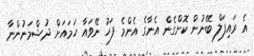
އެ ރައިފަލް ބޭނުން ކޮށްގެން އެނާގެ އެންމެ ފަހު ނޭވައާ ހަމައަށް ދުޝްމަނުންނާ